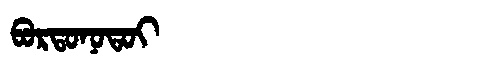
Manchu: ᠪᠣᡵᡨᠣᠨᠣᡨᠣᡳ
Romanization: BORTONOTOI